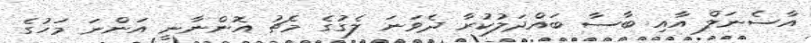
އާސެނަލް އާއި ބާސާ ބައްދަލުކުރާ ދެވަނަ ލެގުގެ މެޗު އޮންނާނީ އަންނަ މަހުގެ